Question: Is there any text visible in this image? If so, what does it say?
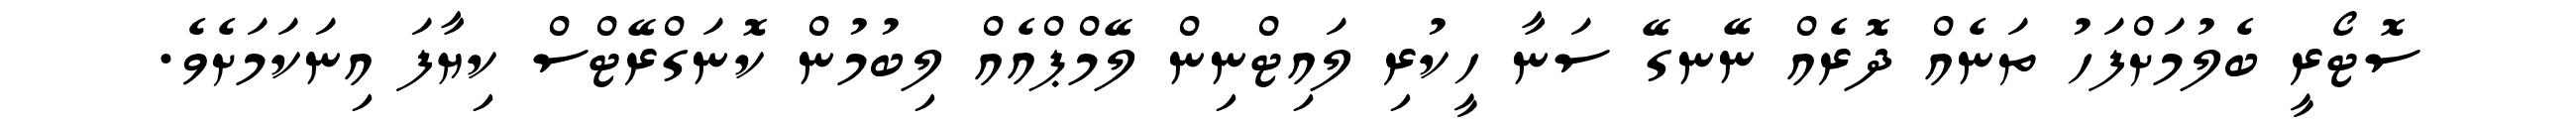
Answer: ސޮޓޯރީ ބެލުމަށްފަހު ތަނެއް ދޮރެއް ނޭނގޭ ސަނާ ހީކުރި ލައިޓްނިން ލޭމްޕްއެއް ލިބުމުން ކޮނަގްރޭޓްސް ކިޔާފަ އިނަކަމަށެވެ.